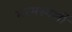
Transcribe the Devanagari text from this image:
मरमस्पर्शी